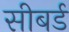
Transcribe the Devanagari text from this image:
सीबर्ड